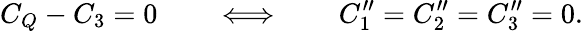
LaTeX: C_{Q}-C_{3}=0\qquad\Longleftrightarrow\qquad C_{1}^{\prime\prime}=C_{2}^{\prime\prime}=C_{3}^{\prime\prime}=0.